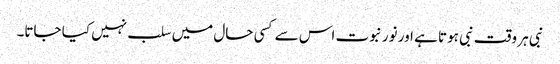
نبی ہر وقت نبی ہوتا ہے اور نور نبوت اس سے کسی حال میں سلب نہیں کیا جاتا۔